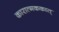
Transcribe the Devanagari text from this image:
कारात्मककात्‌